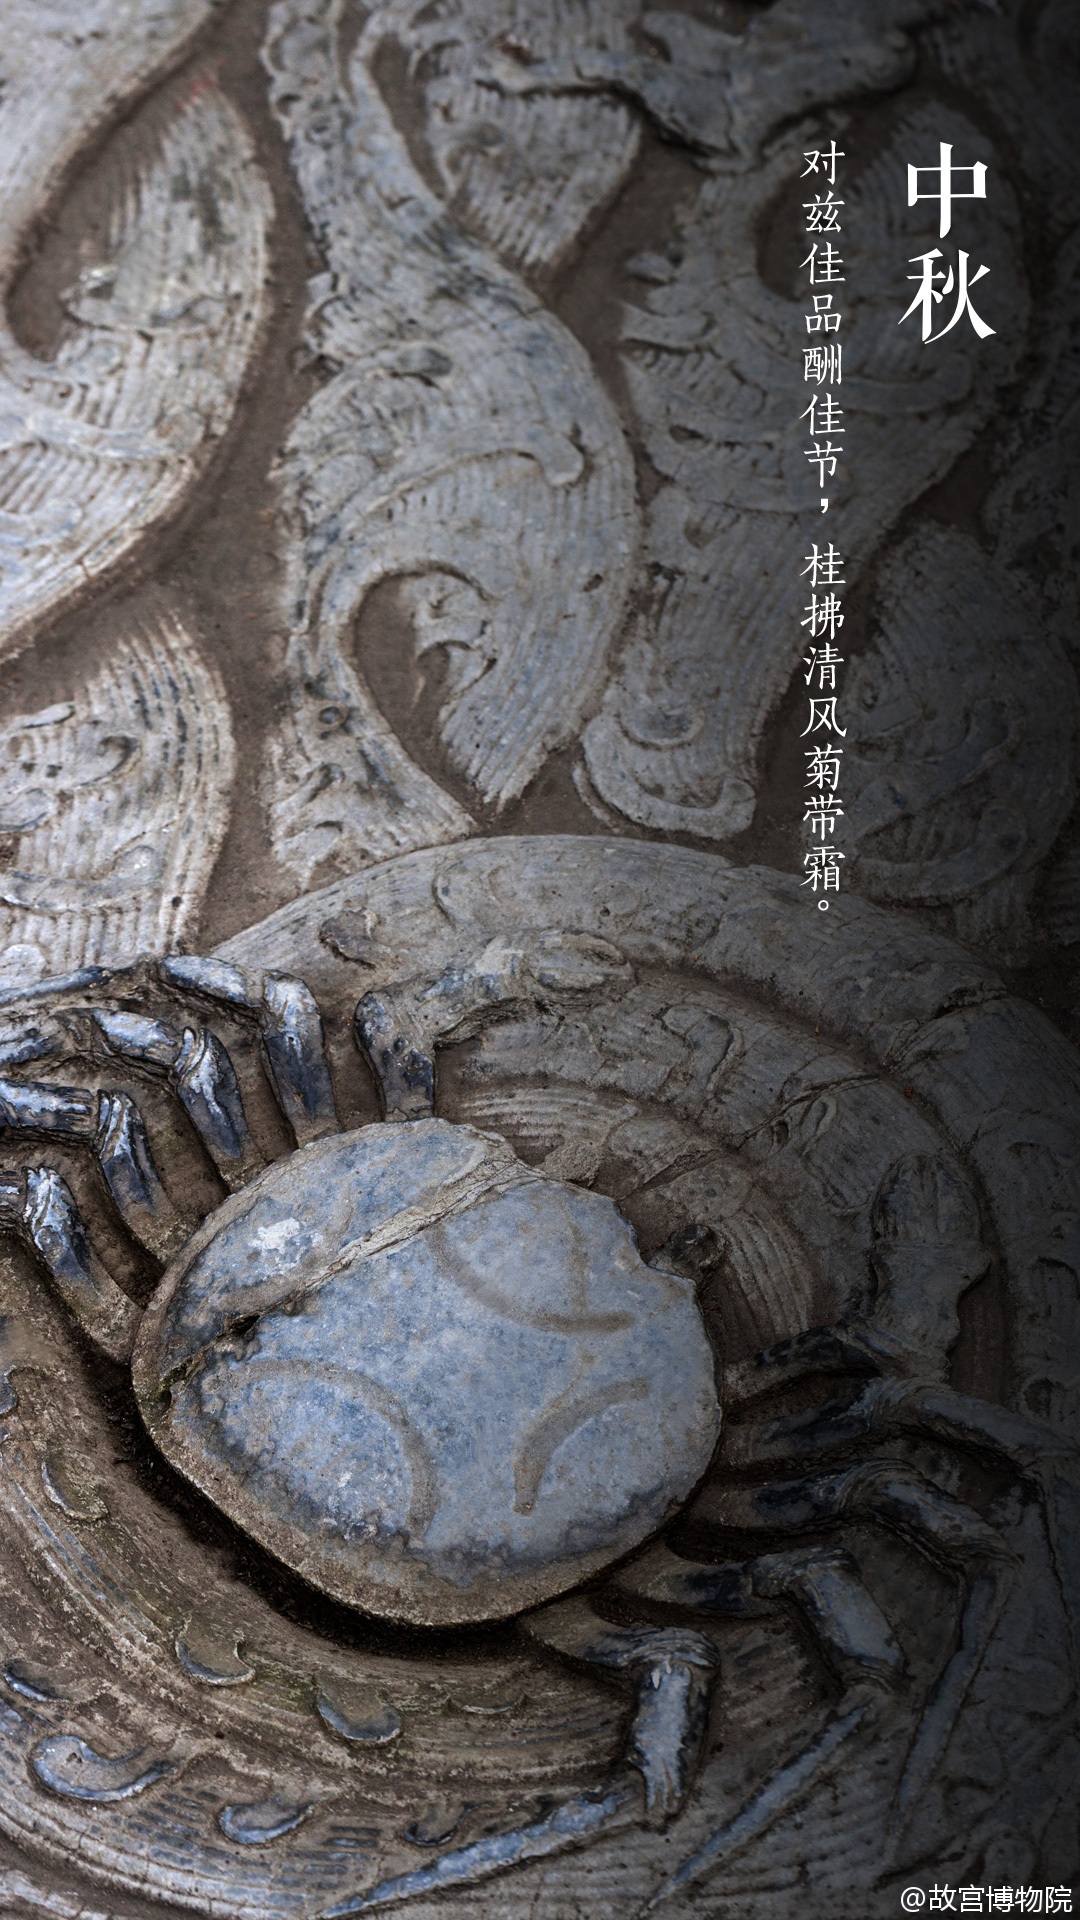
对兹佳品酬佳节，桂拂清风菊带霜。